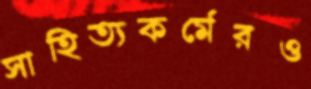
সাহিত্যকর্মেরও